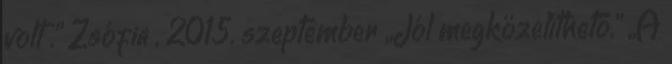
volt .” Zsófia , 2015. szeptember „Jól megközelíthető.” „A